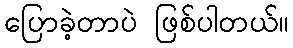
ပြောခဲ့တာပဲ ဖြစ်ပါတယ်။